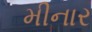
મીનાર